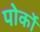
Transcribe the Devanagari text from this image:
पोर्को